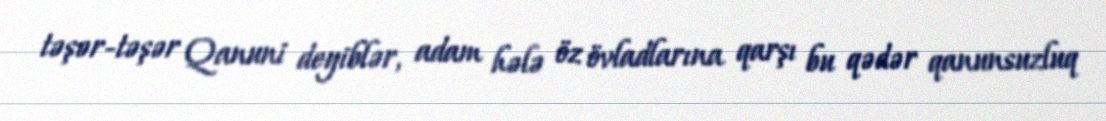
təşər-təşər Qanuni deyiblər, adam hələ öz övladlarına qarşı bu qədər qanunsuzluq